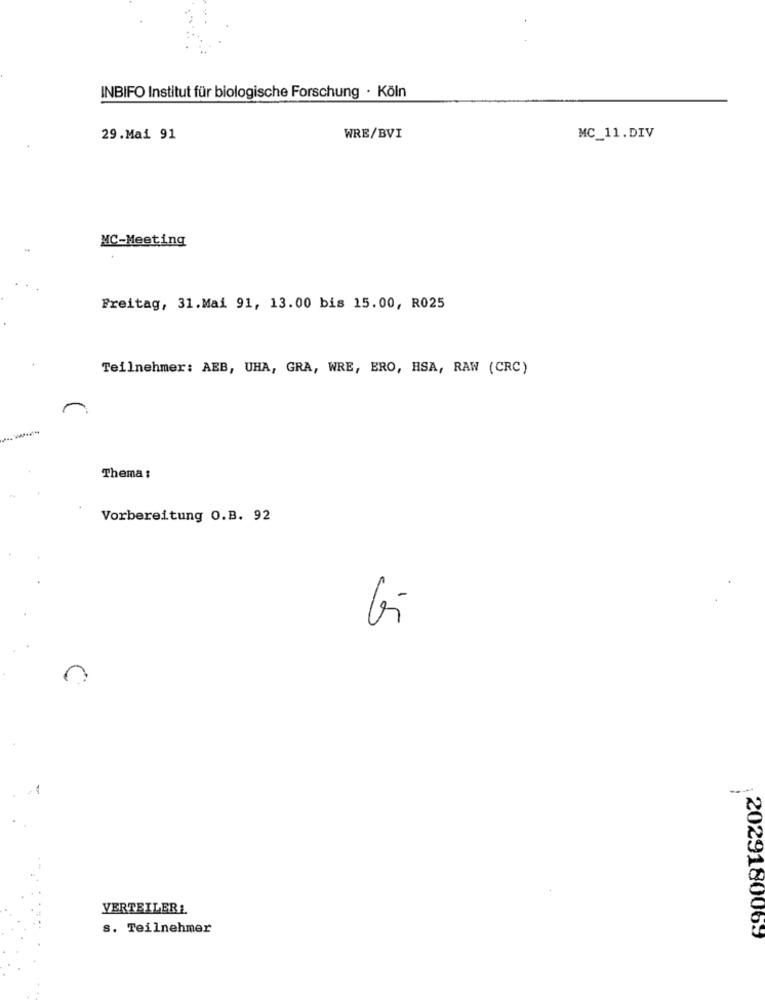
INBIFO Institut für biologische Forschung · Köln
29.Mai 91
WRE/BVI
MC_11.DIV
MC-Meeting
Freitag, 31.Mai 91, 13.00 bis 15.00, R025
Teilnehmer: AEB, UHA, GRA, WRE, ERO, HSA, RAW (CRC)
Thema :
Vorbereitung O.B. 92
5
VERTEILER!
s. Teilnehmer
2029180069